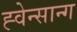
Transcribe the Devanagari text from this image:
ह्वेन्सान्ग